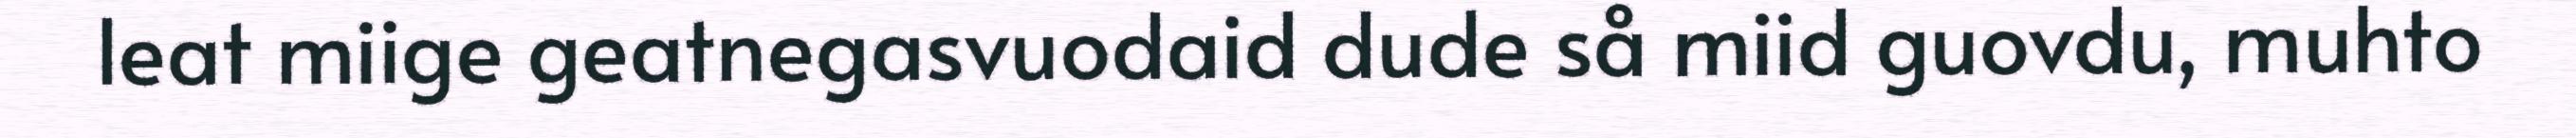
leat miige geatnegasvuodaid dude så miid guovdu, muhto